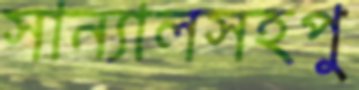
সান্যালসহপু